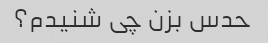
حدس بزن چی شنیدم؟